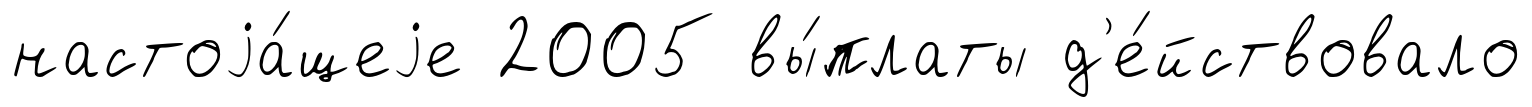
настоjа́щеjе 2005 вы́платы д'е́йствовало